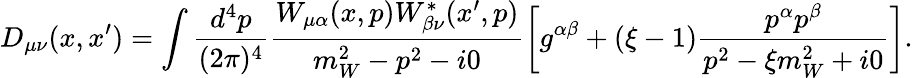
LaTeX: D_{\mu\nu}(x,x^{\prime})=\int\frac{d^{4}p}{(2\pi)^{4}}\frac{W_{\mu\alpha}(x,p)W_{\beta\nu}^{*}(x^{\prime},p)}{m_{W}^{2}-p^{2}-i0}\biggl[g^{\alpha\beta}+(\xi-1)\frac{p^{\alpha}p^{\beta}}{p^{2}-\xi m_{W}^{2}+i0}\biggr].